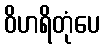
ဝိဟရိတုံပေ